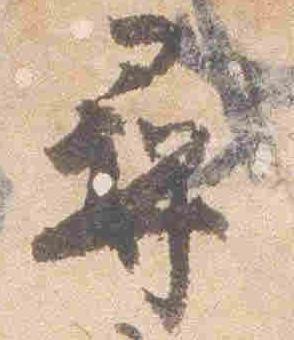
尋